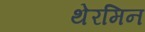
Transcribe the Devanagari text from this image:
थेरमिन